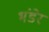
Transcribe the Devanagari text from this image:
भंडेर